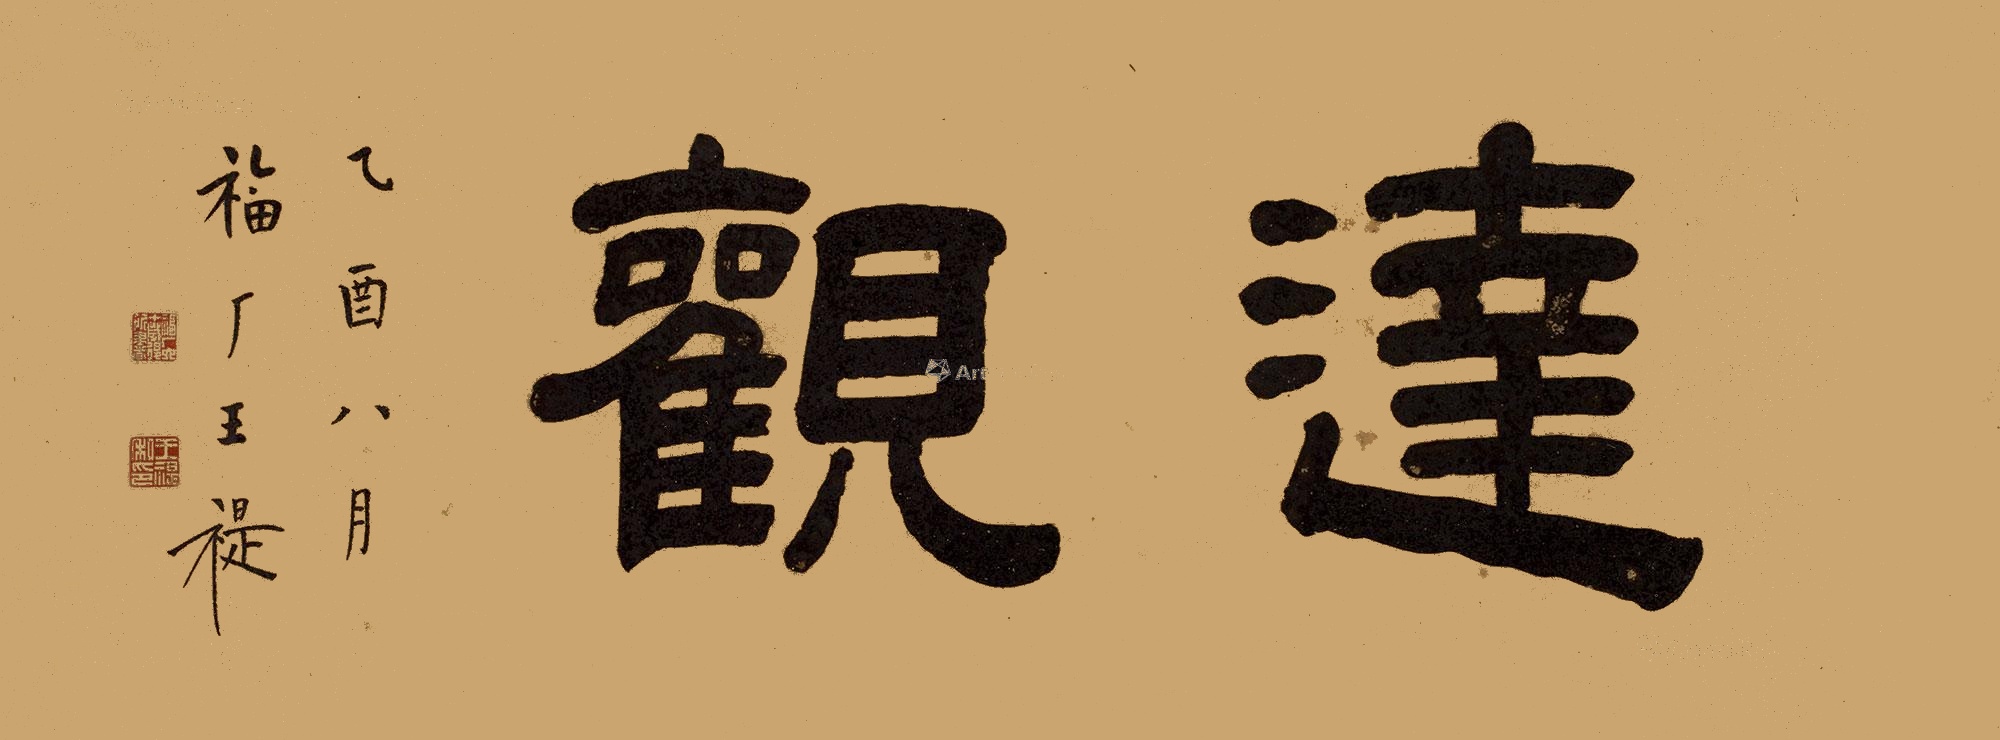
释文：达观乙酉八月，福厂王褆。